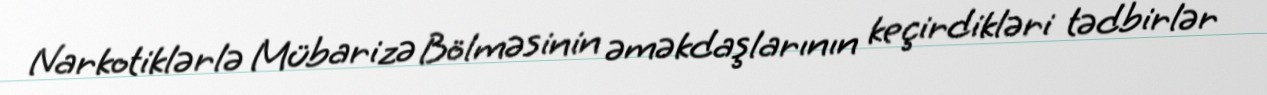
Narkotiklərlə Mübarizə Bölməsinin əməkdaşlarının keçirdikləri tədbirlər